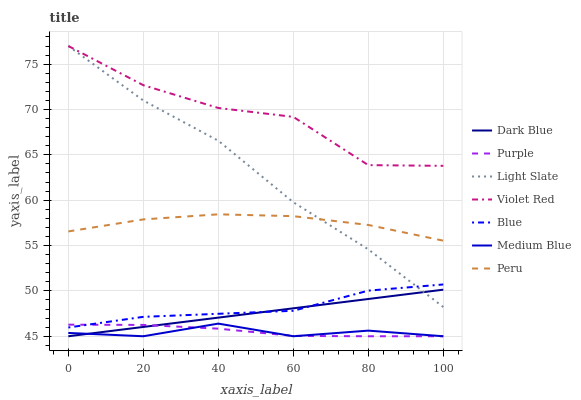
| xaxis_label | Dark Blue | Purple | Light Slate | Violet Red | Blue | Medium Blue | Peru |
 | --- | --- | --- | --- | --- | --- | --- | --- |
 | 0 | 45 | 46.3 | 77 | 77 | 46 | 45.4 | 56.6 |
 | 20 | 46 | 46.2 | 71 | 72.7 | 47.1 | 45 | 57.9 |
 | 40 | 47.1 | 45.8 | 66.6 | 70.2 | 47.5 | 46.4 | 58.4 |
 | 60 | 48.1 | 45 | 59.8 | 69.2 | 47.8 | 45 | 58.2 |
 | 80 | 49.1 | 45 | 54.6 | 63.9 | 50 | 45.6 | 57.3 |
 | 100 | 50.1 | 45 | 48.2 | 63.8 | 50.7 | 45 | 55.5 |